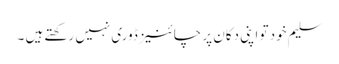
سلیم خود تو اپنی دکان پر چائنیز ڈوری نہیں رکھتے ہیں ۔